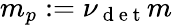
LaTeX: m_{p}:=\nu_{\mathrm{~d~e~t~}}m